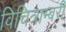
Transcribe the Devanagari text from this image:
विचित्राम्बरी